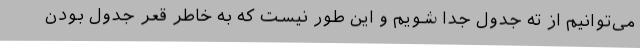
می‌توانیم از ته جدول جدا شویم و این طور نیست که به خاطر قعر جدول بودن